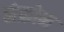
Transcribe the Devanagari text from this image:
नेफ्रोन